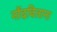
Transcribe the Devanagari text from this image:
नोंदविताना